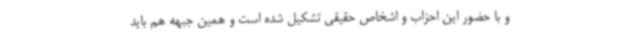
و با حضور این احزاب و اشخاص حقیقی تشکیل شده است و همین جبهه هم باید